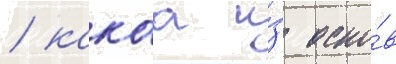
/ какаа и́з осно́в